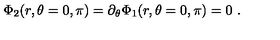
\Phi _ { 2 } ( r , \theta = 0 , \pi ) = \partial _ { \theta } \Phi _ { 1 } ( r , \theta = 0 , \pi ) = 0 \ .